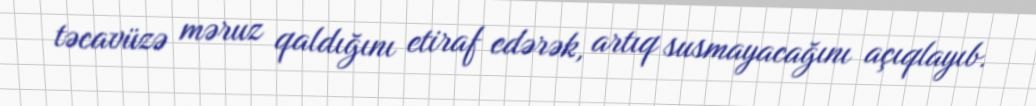
təcavüzə məruz qaldığını etiraf edərək, artıq susmayacağını açıqlayıb.